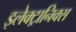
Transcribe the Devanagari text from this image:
इलेक्ट्रानिक्‍स